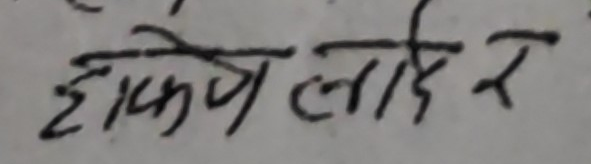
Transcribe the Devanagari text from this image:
होकिन लादे र